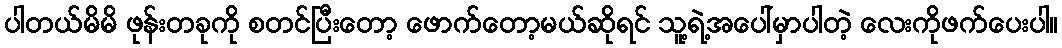
ပါတယ်မိမိ ဖုန်းတခုကို စတင်ပြီးတော့ ဖောက်တော့မယ်ဆိုရင် သူ့ရဲ့အပေါ်မှာပါတဲ့ လေးကိုဖက်ပေးပါ။